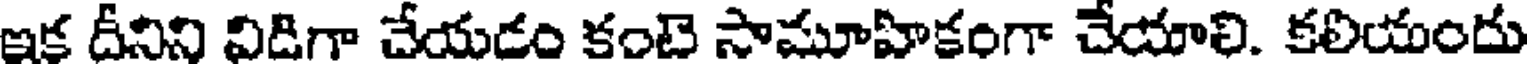
ఇక దీనిని విడిగా చేయడం కంటె సామూహికంగా చేయాలి. కలియందు